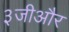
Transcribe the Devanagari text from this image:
३जीऔर